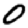
Digit: 0